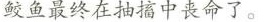
鲛鱼最终在抽搐中丧命了。